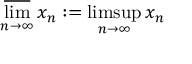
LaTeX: \varlimsup _ { n \to \infty } x _ { n } : = \operatorname* { l i m s u p } _ { n \to \infty } x _ { n }